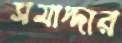
সমাদ্দার